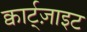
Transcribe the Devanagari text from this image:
क्वार्ट्‌ज़ाइट